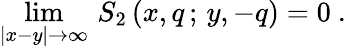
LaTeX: \operatorname*{lim}_{|x-y|\rightarrow\infty}\, S_{2}\, (x,q\, ;\, y,-q)=0\ .